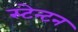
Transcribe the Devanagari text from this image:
स्टेन्टन